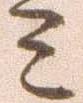
ミ